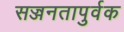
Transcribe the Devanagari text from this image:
सज्जनतापुर्वक